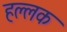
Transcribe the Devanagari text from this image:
हल्लक